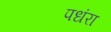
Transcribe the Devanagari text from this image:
पधंरा